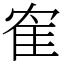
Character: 隺